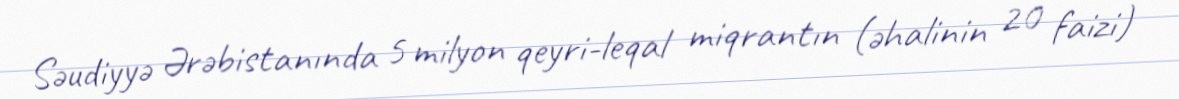
Səudiyyə Ərəbistanında 5 milyon qeyri-leqal miqrantın (əhalinin 20 faizi)